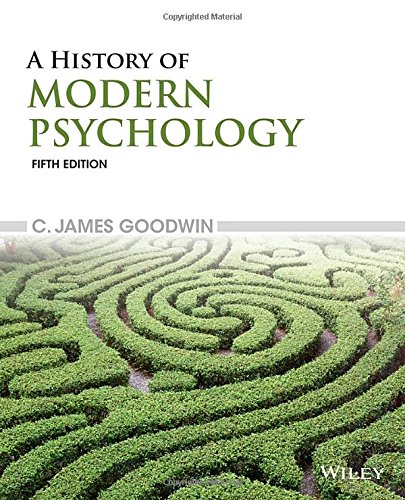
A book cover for A History of Modern Psychology; C. James Goodwin; Medical Books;